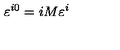
\varepsilon ^ { i 0 } = i M \varepsilon ^ { i }